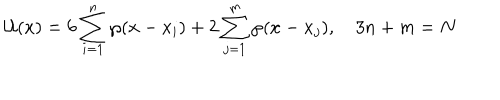
LaTeX: { \cal U } ( x ) = 6 \sum _ { i = 1 } ^ { n } \wp ( x - x _ { i } ) + 2 \sum _ { j = 1 } ^ { m } \wp ( x - x _ { j } ) , \quad 3 n + m = N